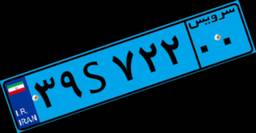
۶۸S۷۲۳۹۲